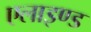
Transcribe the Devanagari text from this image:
एलाइण्ड